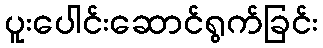
ပူးပေါင်းဆောင်ရွက်ခြင်း